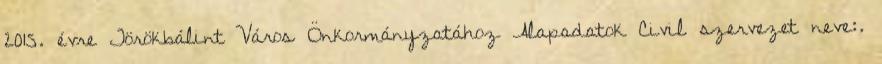
2015. évre Törökbálint Város Önkormányzatához Alapadatok Civil szervezet neve:.